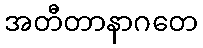
အတီတာနာဂတေ